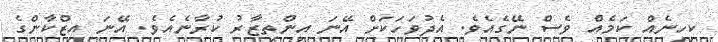
ކިހިނެއް ކަމެއް ވެސް ނޭގެއެވެ. އެދުވަހަކަށް އޭނަ އިންތިޒާރު ކުރާނެއެވެ. އޭނަ އިޒްކާންގެ